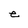
Character: e